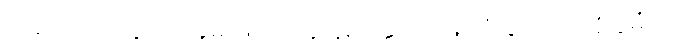
အမှောင်ထဲတွင် ငါးခုမှ ဖြတ်သန်းခဲ့ရပါကြောင်း လုံးခင်းကြားရှိ ဖွဲမီးလို